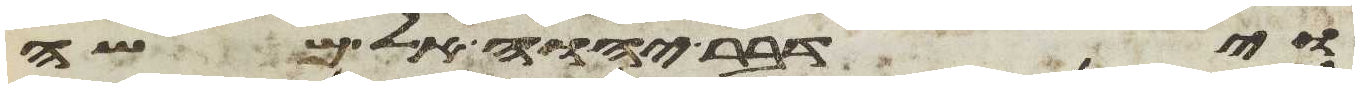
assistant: וידבר יהוה אל משה